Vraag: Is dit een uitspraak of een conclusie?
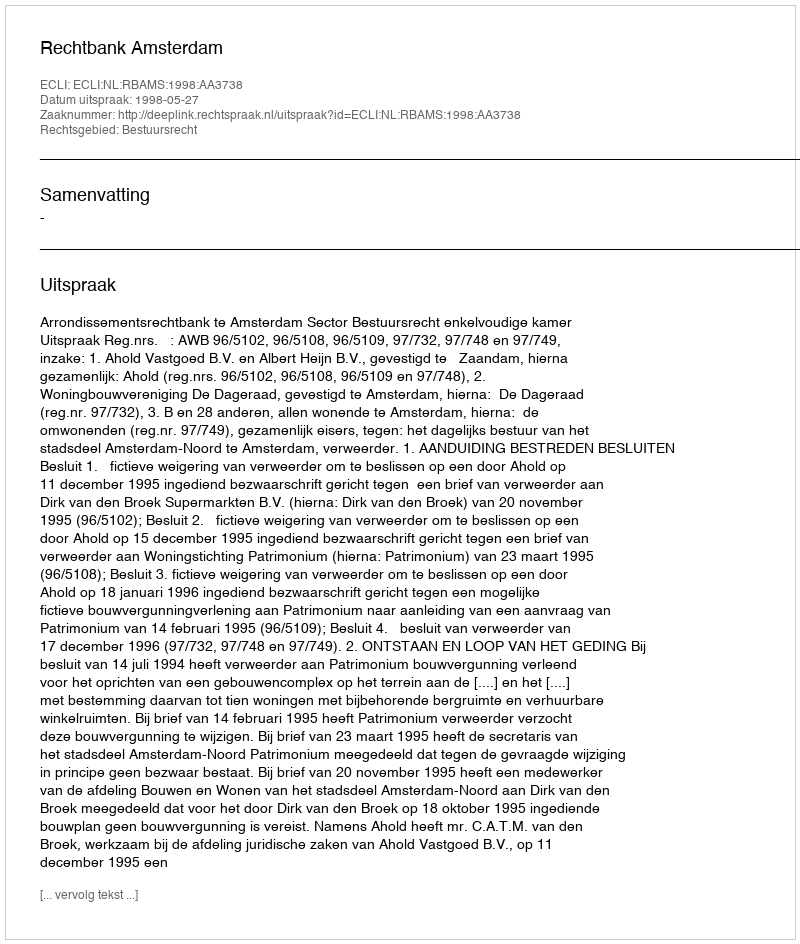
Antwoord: Uitspraak